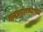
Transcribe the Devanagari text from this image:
सामानपुरवठ्याच्या